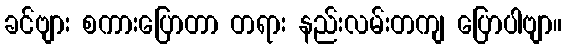
ခင်ဗျား စကားပြောတာ တရား နည်းလမ်းတကျ ပြောပါဗျာ။